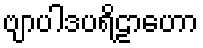
ဗျာပါဒပရိဠာဟော